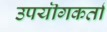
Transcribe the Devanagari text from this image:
उपयॊगकर्ता